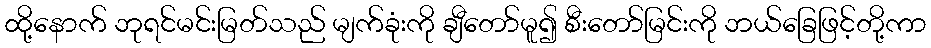
ထို့နောက် ဘုရင်မင်းမြတ်သည် မျက်ခုံးကို ချီတော်မူ၍ စီးတော်မြင်းကို ဘယ်ခြေဖြင့်တို့ကာ